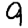
Digit: 9